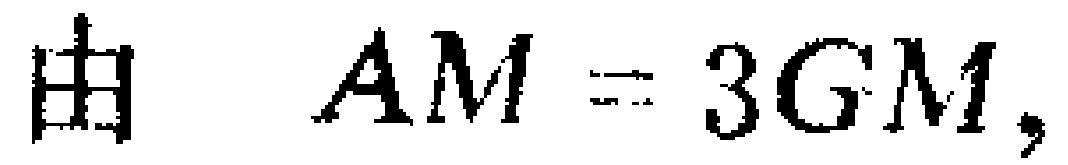
由 \(AM = 3GM\)，